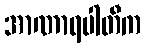
အာဏာရပါတီက